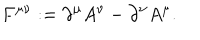
F ^ { \mu \nu } : = \partial ^ { \mu } A ^ { \nu } - \partial ^ { \nu } A ^ { \mu } .